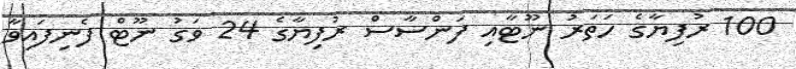
100 ރުފިޔާގެ ހަތަރު ނޫޓާއި ފަންސާސް ރުފިޔާގެ 24 ވަގު ނޫޓް ފެނިފައިވާ